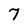
Character: 7